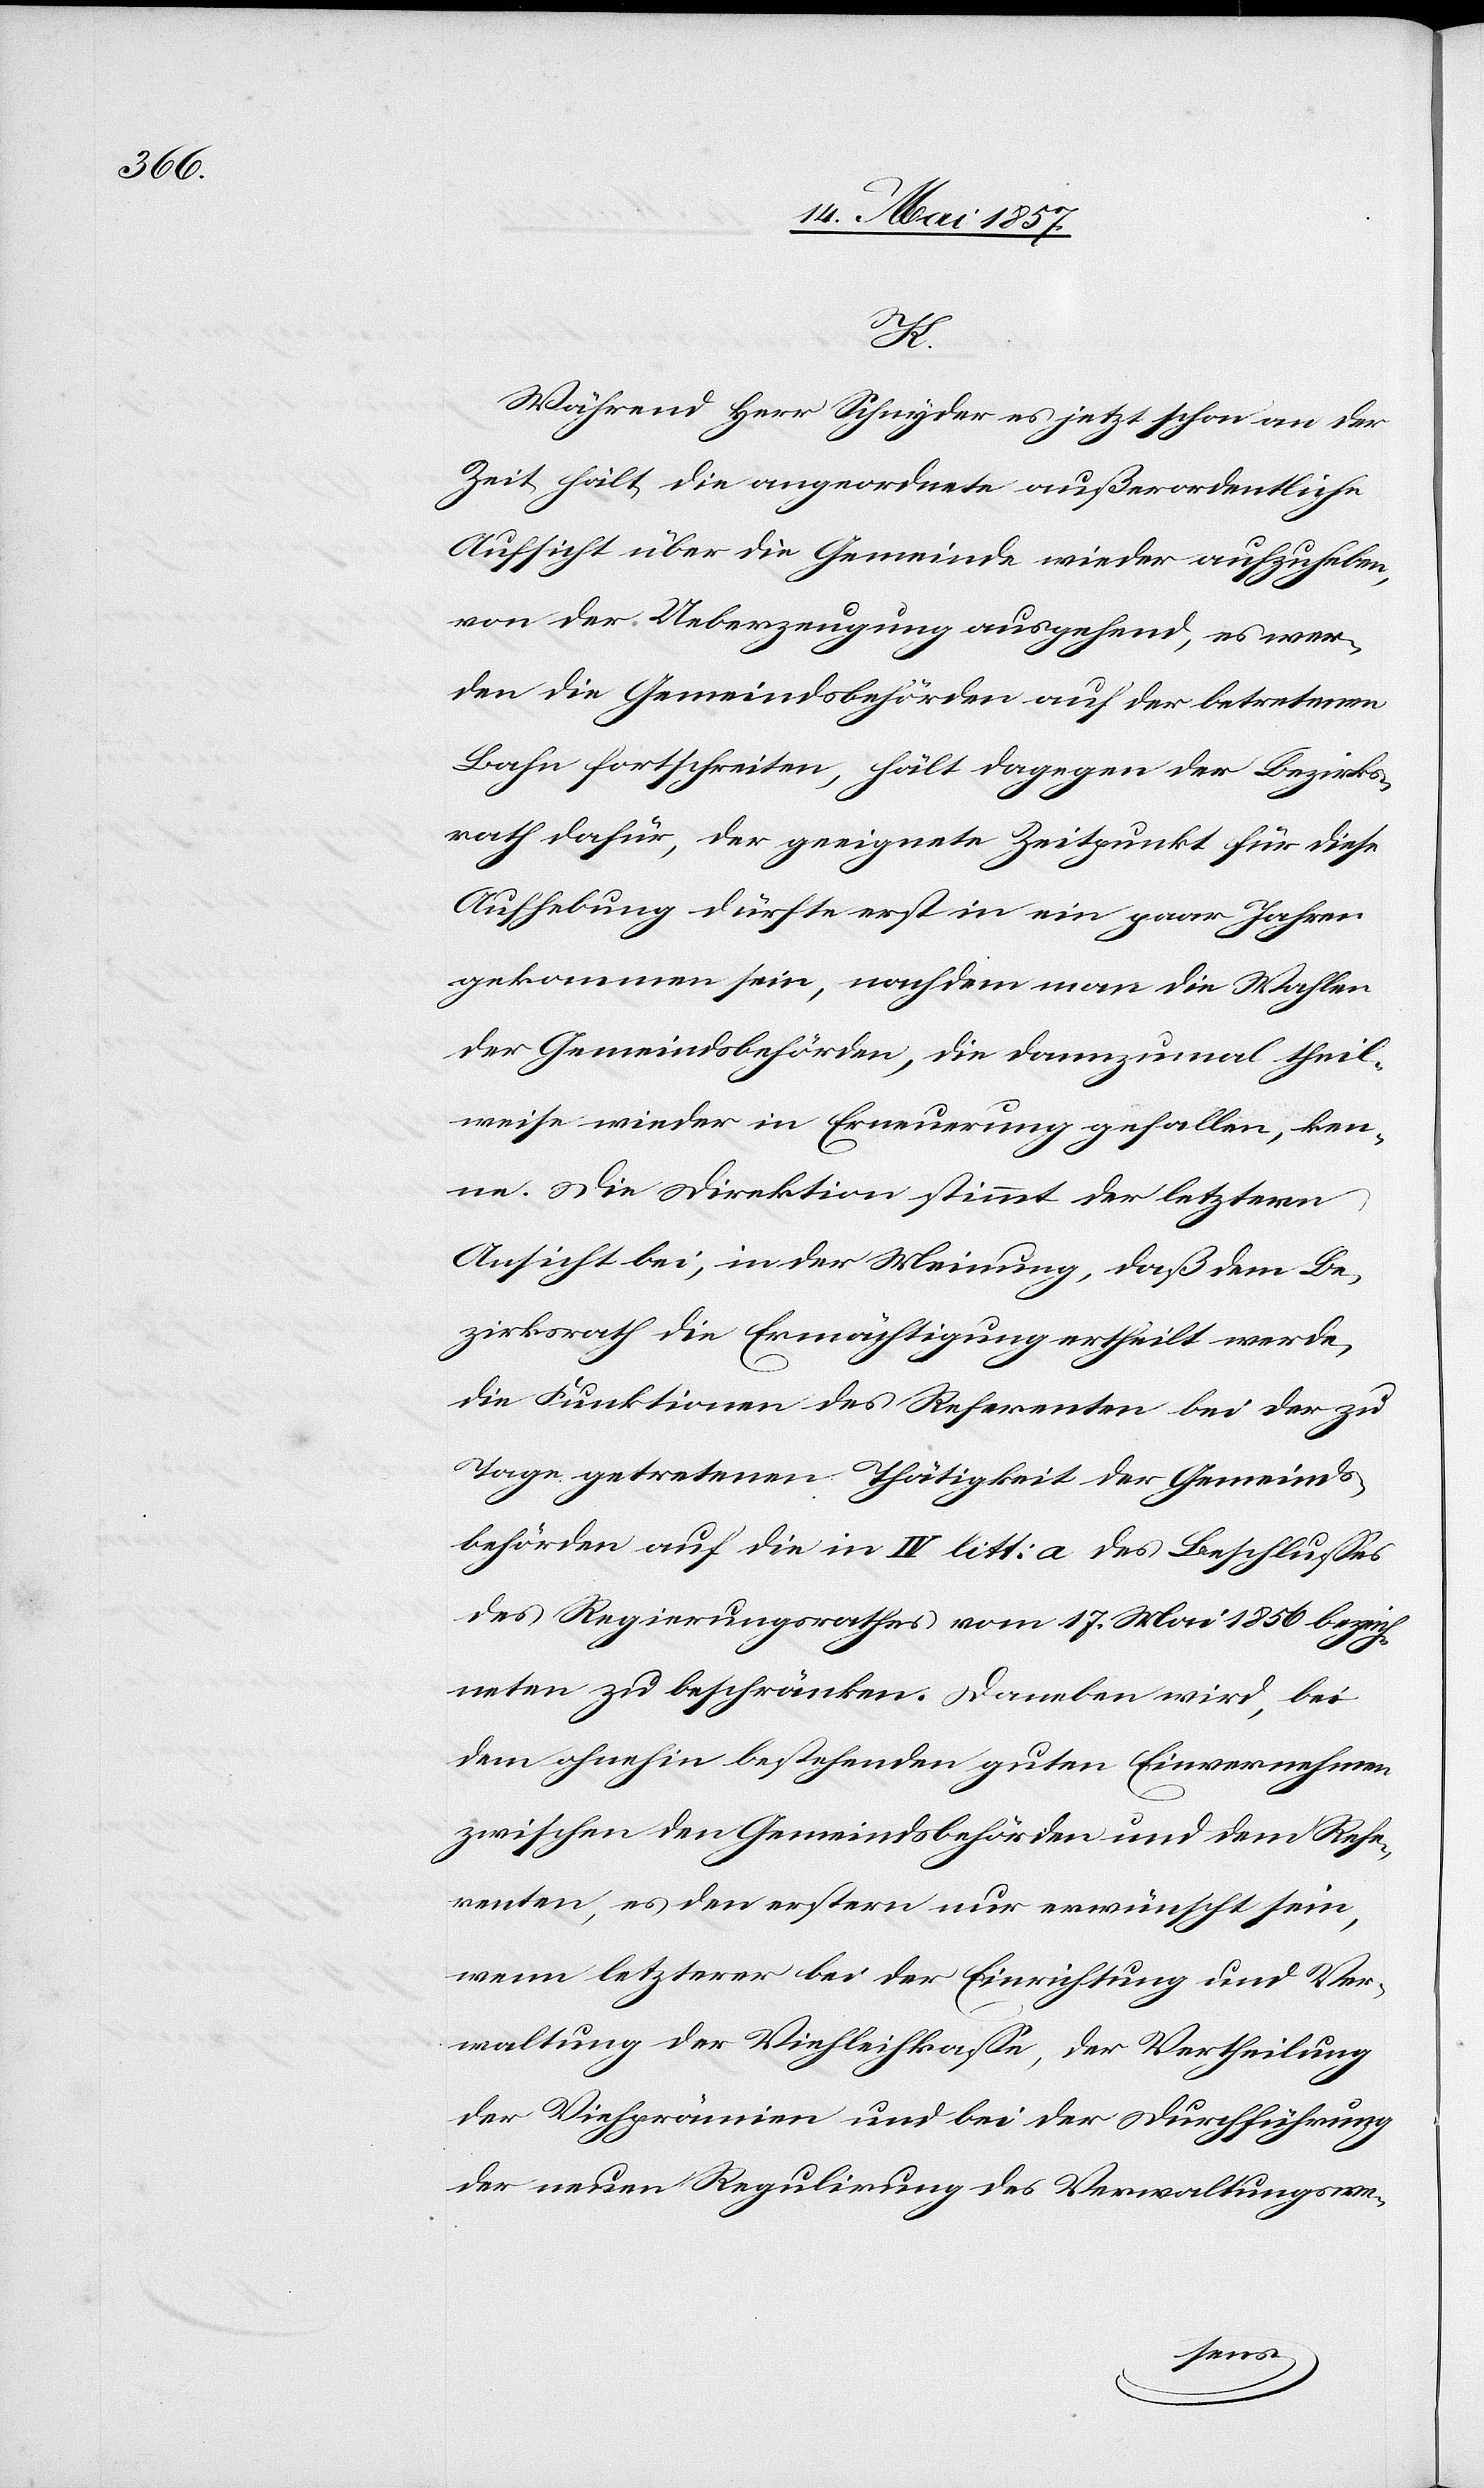
K.
Während Herr Schnyder es jetzt schon an der
Zeit hält die angeordnete außerordentliche
Aufsicht über die Gemeinde wieder aufzuheben,
von der Ueberzeugung ausgehend, es wer¬
den die Gemeindsbehörden auf der betretenen
Bahn fortschreiten, hält dagegen der Bezirks¬
rath dafür, der geeignete Zeitpunkt für diese
Aufhebung dürfte erst in ein zwei Jahren
gekommen sein, nachdem man die Wahlen
der Gemeindsbehörden, die dannzumal theil¬
weise wieder in Erneuerung gefallen, ken¬
ne. Die Direktion stimmt der letzteren
Ansicht bei, in der Meinung, daß dem Be¬
zirksrath die Ermächtigung ertheilt werde,
die Funktionen des Referenten bei der zu
Tage getretenen Thätigkeit der Gemeinds¬
behörden auf die in IV litt a des Beschlusses
des Regierungsrathes vom 17 Mai 1856 bezeich¬
neten zu beschränken. Daneben wird, bei
dem ohnehin bestehenden guten Einvernehmen
zwischen den Gemeindsbehörden und dem Refe¬
renten, es den erstern nur erwünscht sein,
wenn letzterer bei der Errichtung und Ver¬
waltung der Viehleihkasse, der Vertheilung
der Viehprämien und bei der Durchführung
der neuen Regulirung des Verwaltungswe-